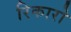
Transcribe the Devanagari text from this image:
रिकारो